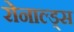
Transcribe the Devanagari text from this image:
रोनाल्ड्स